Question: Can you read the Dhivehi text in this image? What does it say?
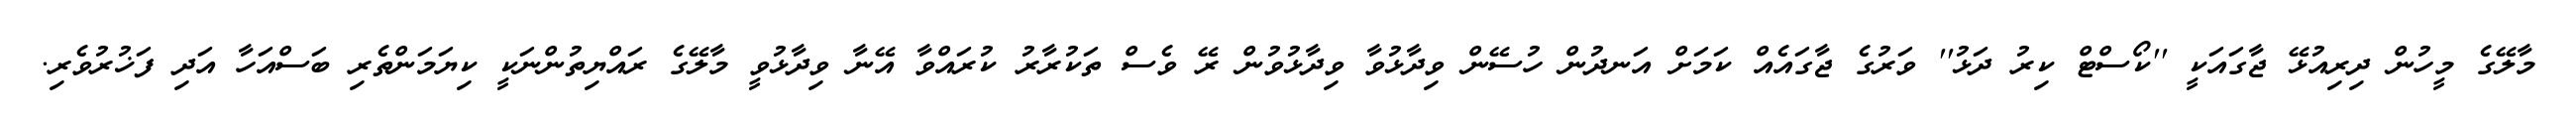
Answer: މާލޭގެ މީހުން ދިރިއުޅޭ ޖާގައަކީ ''ކޯސްޓް ކިރު ދަޅު'' ވަރުގެ ޖާގައެއް ކަމަށް އަނދުން ހުސޭން ވިދާޅުވާ ވިދާޅުވުން ރޭ ވެސް ތަކުރާރު ކުރައްވާ އޭނާ ވިދާޅުވީ މާލޭގެ ރައްޔިތުންނަކީ ކިޔަމަންތެރި ބަސްއަހާ އަދި ފަޚުރުވެރި.